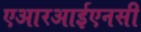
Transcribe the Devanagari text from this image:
एआरआईएनसी